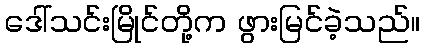
ဒေါ်သင်းမြိုင်တို့က ဖွားမြင်ခဲ့သည်။